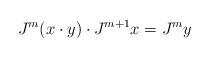
LaTeX: \begin{align*} J^m (x \cdot y) \cdot J^{m+1} x= J^m y\end{align*}